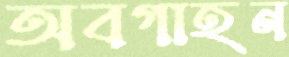
অবগাহন